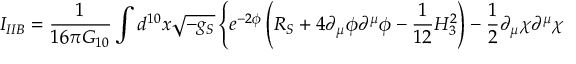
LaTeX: I _ { I I B } = { \frac { 1 } { 1 6 \pi G _ { 1 0 } } } \int d ^ { 1 0 } x \sqrt { - g _ { S } } \left\{ e ^ { - 2 \phi } \left( R _ { S } + 4 \partial _ { \mu } \phi \partial ^ { \mu } \phi - { \frac { 1 } { 1 2 } } H _ { 3 } ^ { 2 } \right) - { \frac { 1 } { 2 } } \partial _ { \mu } \chi \partial ^ { \mu } \chi \right.